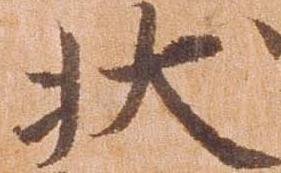
状